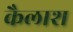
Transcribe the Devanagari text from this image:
कैलाश